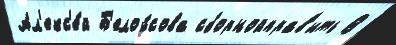
Ал'екс'е́й Б'елоу́сова сборнойправ'ить В